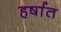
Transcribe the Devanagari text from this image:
हर्षात